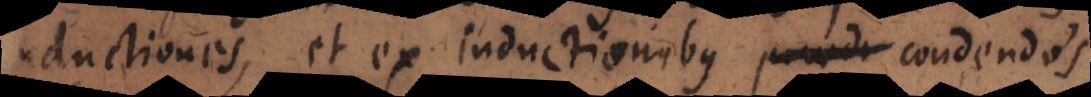
inductiones, et ex inductionibus praedi condendos